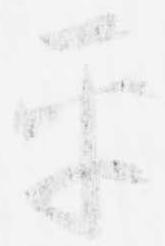
平